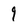
Character: 9